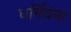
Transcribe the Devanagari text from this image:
धर्मियंना